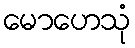
မောဟေသုံ